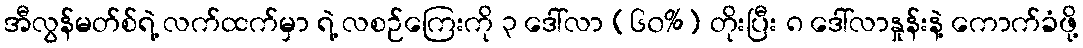
အီလွန်မတ်စ်ရဲ့ လက်ထက်မှာ ရဲ့ လစဉ်ကြေးကို ၃ ဒေါ်လာ (၆၀%) တိုးပြီး ၈ ဒေါ်လာနှုန်းနဲ့ ကောက်ခံဖို့